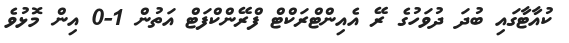
ކުއާޓާގައި ބުދަ ދުވަހުގެ ރޭ އެއިންޓްރަކްޓް ފްރޭންކްފަޓް އަތުން 1-0 އިން މޮޅުވެ